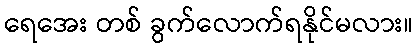
ရေအေး တစ် ခွက်လောက်ရနိုင်မလား။